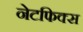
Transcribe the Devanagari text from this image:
नेटफिक्स